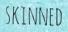
SKINNED